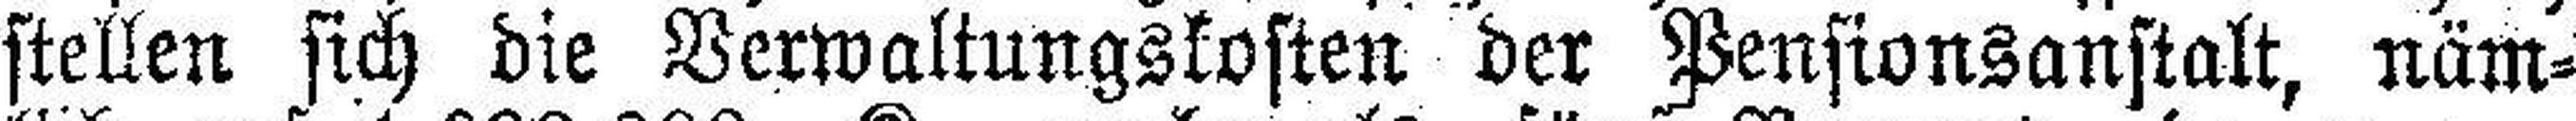
stellen sich die Berwaltungskosten der Pensionsanstalt, näm¬